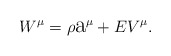
\begin{align*}W^{\mu}=\rho\hbox{\Large a}^{\mu}+EV^{\mu}.\end{align*}